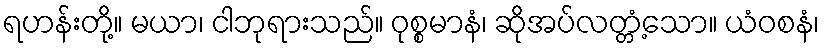
ရဟန်းတို့။ မယာ၊ ငါဘုရားသည်။ ဝုစ္စမာနံ၊ ဆိုအပ်လတ္တံ့သော။ ယံဝစနံ၊